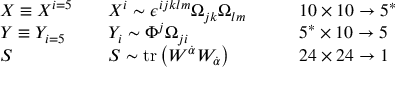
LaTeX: \begin{array} { l l l } { { X \equiv X ^ { i = 5 } \quad } } & { { X ^ { i } \sim \epsilon ^ { i j k l m } \Omega _ { j k } \Omega _ { l m } } } & { { \qquad 1 0 \times 1 0 \rightarrow 5 ^ { * } } } \\ { { Y \equiv Y _ { i = 5 } \quad } } & { { Y _ { i } \sim \Phi ^ { j } \Omega _ { j i } } } & { { \qquad 5 ^ { * } \times 1 0 \rightarrow 5 } } \\ { { S } } & { { S \sim \mathrm { t r } \left( W ^ { \dot { \alpha } } W _ { \dot { \alpha } } \right) } } & { { \qquad 2 4 \times 2 4 \rightarrow 1 } } \end{array}